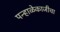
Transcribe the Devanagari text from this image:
पन्हाळेकाजीचा